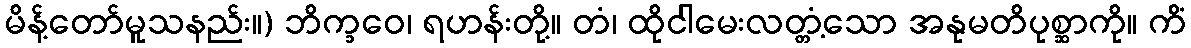
မိန့်တော်မူသနည်း။) ဘိက္ခဝေ၊ ရဟန်းတို့။ တံ၊ ထိုငါမေးလတ္တံ့သော အနုမတိပုစ္ဆာကို။ ကိံ